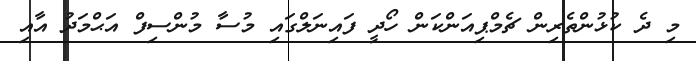
މި ދެ ކުޅުންތެރިން ޗެމްޕިއަންކަން ހޯދީ ފައިނަލްގައި މުސާ މުންސިފް އަޙްމަދު އާއި